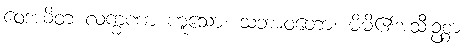
ဝေဒယိတ လက္ခဏာ ဟူသော။ သဘာဝတော၊ မိမိ၏အသီးဥစ္စာ